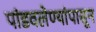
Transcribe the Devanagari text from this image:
पांडवलेण्यांपासून